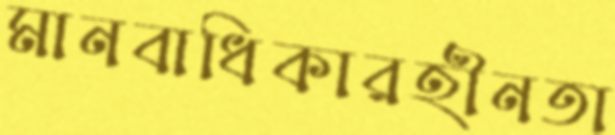
মানবাধিকারহীনতা